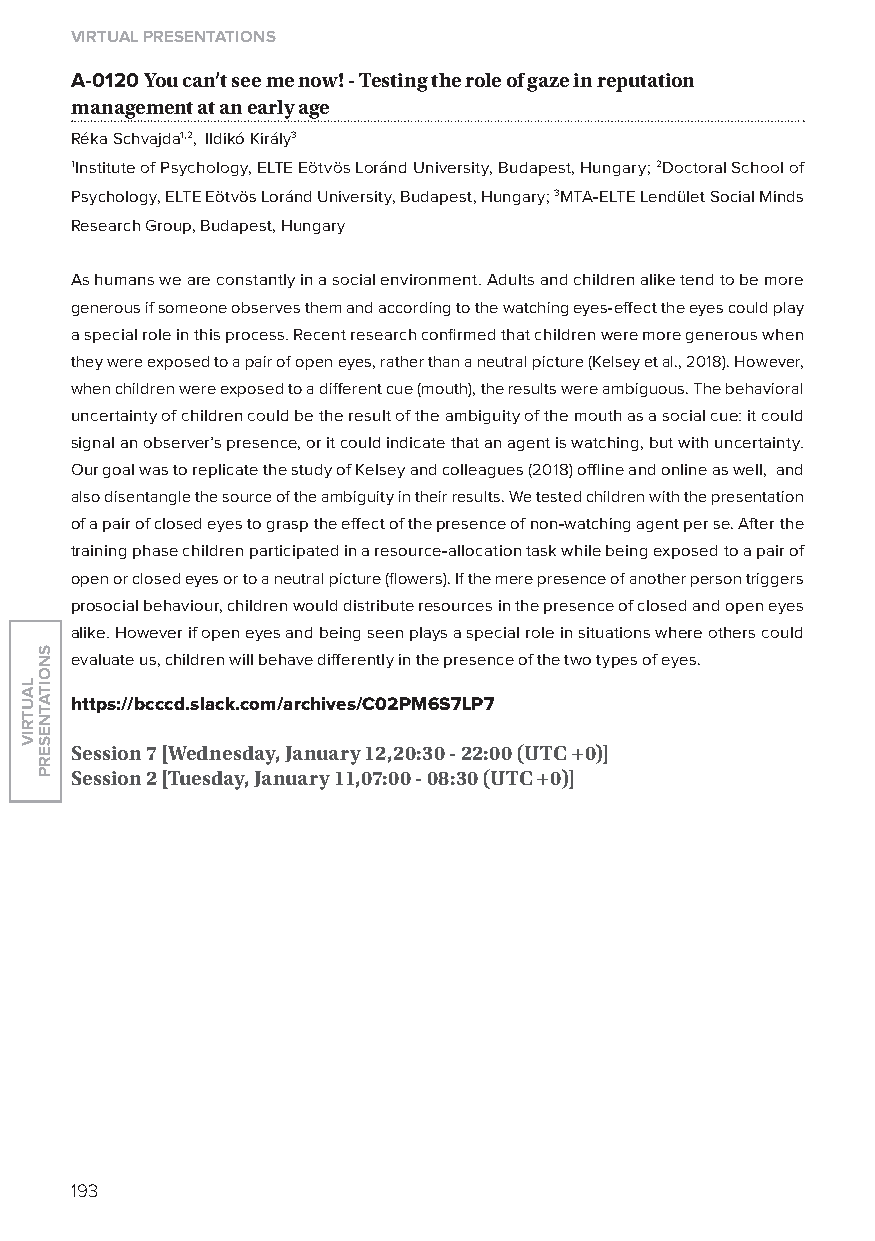
virtual presentations
 A-0120 you can’t see me now! - testing the role of gaze in reputation
 management at an early age
 Réka Schvajda1,2, Ildikó Király3
 1Institute of Psychology, ElTE Eötvös loránd University, Budapest, Hungary; 2Doctoral School of
 Psychology, ElTE Eötvös loránd University, Budapest, Hungary; 3MTA-ElTE lendület Social Minds
 Research Group, Budapest, Hungary
 As humans we are constantly in a social environment. Adults and children alike tend to be more
 generous if someone observes them and according to the watching eyes-effect the eyes could play
 a special role in this process. Recent research confirmed that children were more generous when
 they were exposed to a pair of open eyes, rather than a neutral picture (Kelsey et al., 2018). However,
 when children were exposed to a different cue (mouth), the results were ambiguous. The behavioral
 uncertainty of children could be the result of the ambiguity of the mouth as a social cue: it could
 signal an observer’s presence, or it could indicate that an agent is watching, but with uncertainty.
 our goal was to replicate the study of Kelsey and colleagues (2018) offline and online as well, and
 also disentangle the source of the ambiguity in their results. We tested children with the presentation
 of a pair of closed eyes to grasp the effect of the presence of non-watching agent per se. After the
 training phase children participated in a resource-allocation task while being exposed to a pair of
 open or closed eyes or to a neutral picture (flowers). If the mere presence of another person triggers
 prosocial behaviour, children would distribute resources in the presence of closed and open eyes
 alike. However if open eyes and being seen plays a special role in situations where others could
 evaluate us, children will behave differently in the presence of the two types of eyes.
 https://bcccd.slack.com/archives/C02pM6s7lp7
 session 7 [Wednesday, January 12,20:30 - 22:00 (utC +0)]
 session 2 [tuesday, January 11,07:00 - 08:30 (utC +0)]
 193
 lautriv
 snoitatneserp